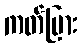
ကတ်ပြား